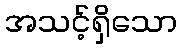
အသင့်ရှိသော